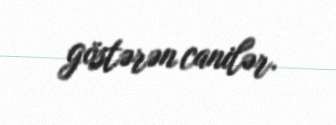
göstərən canilər.